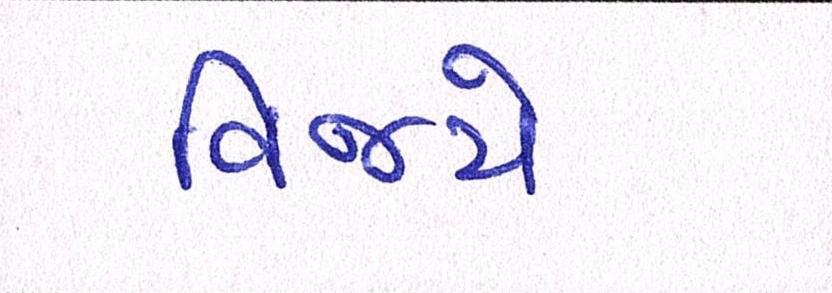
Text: વિજયે